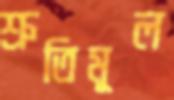
শ্রুতিমূল